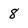
Character: 8